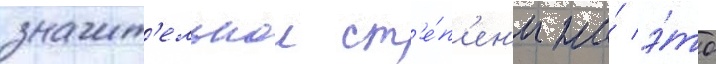
значит'ельнои ст'е́п'ен'и на́ э́то